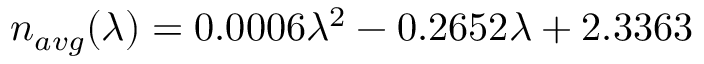
n _ { a v g } ( \lambda ) = 0 . 0 0 0 6 \lambda ^ { 2 } - 0 . 2 6 5 2 \lambda + 2 . 3 3 6 3